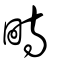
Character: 畤